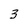
Character: 3